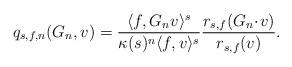
LaTeX: \begin{align*}q_{s,f,n}(G_n, v)= \frac{\langle f,G_n v \rangle^s}{\kappa(s)^n \langle f, v \rangle^s}\frac{r_{s,f} (G_n \!\cdot\! v )}{r_{s,f}(v)}.\end{align*}